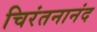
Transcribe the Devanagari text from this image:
चिरंतनानंद